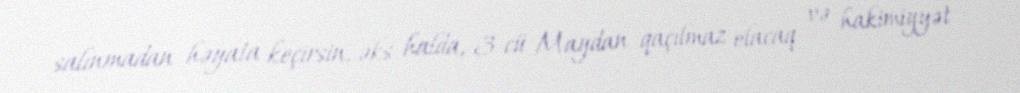
salınmadan həyata keçirsin, əks halda, 3-cü Maydan qaçılmaz olacaq və hakimiyyət